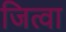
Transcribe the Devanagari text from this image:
जित्वा